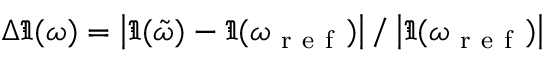
\Delta \Im ( \omega ) = \left| \Im ( \Tilde { \omega } ) - \Im ( \omega _ { \mathrm { ~ r ~ e ~ f ~ } } ) \right| / \left| \Im ( \omega _ { \mathrm { ~ r ~ e ~ f ~ } } ) \right|